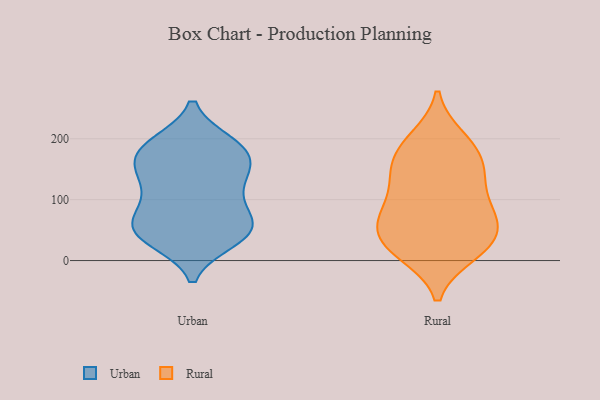
{"axis": {"x": "Churn Rate (%)", "y": "Value"}, "legend": ["Rural", "Urban"], "data": [{"x": "", "y": 53, "type": "Urban"}, {"x": "", "y": 67, "type": "Urban"}, {"x": "", "y": 51, "type": "Urban"}, {"x": "", "y": 96, "type": "Urban"}, {"x": "", "y": 192, "type": "Urban"}, {"x": "", "y": 144, "type": "Urban"}, {"x": "", "y": 188, "type": "Urban"}, {"x": "", "y": 78, "type": "Urban"}, {"x": "", "y": 34, "type": "Urban"}, {"x": "", "y": 38, "type": "Urban"}, {"x": "", "y": 52, "type": "Urban"}, {"x": "", "y": 112, "type": "Urban"}, {"x": "", "y": 175, "type": "Urban"}, {"x": "", "y": 192, "type": "Urban"}, {"x": "", "y": 162, "type": "Urban"}, {"x": "", "y": 137, "type": "Urban"}, {"x": "", "y": 40, "type": "Urban"}, {"x": "", "y": 137, "type": "Urban"}, {"x": "", "y": 175, "type": "Urban"}, {"x": "", "y": 149, "type": "Rural"}, {"x": "", "y": 41, "type": "Rural"}, {"x": "", "y": 76, "type": "Rural"}, {"x": "", "y": 76, "type": "Rural"}, {"x": "", "y": 90, "type": "Rural"}, {"x": "", "y": 27, "type": "Rural"}, {"x": "", "y": 130, "type": "Rural"}, {"x": "", "y": 12, "type": "Rural"}, {"x": "", "y": 55, "type": "Rural"}, {"x": "", "y": 72, "type": "Rural"}, {"x": "", "y": 14, "type": "Rural"}, {"x": "", "y": 192, "type": "Rural"}, {"x": "", "y": 25, "type": "Rural"}, {"x": "", "y": 183, "type": "Rural"}, {"x": "", "y": 153, "type": "Rural"}, {"x": "", "y": 139, "type": "Rural"}, {"x": "", "y": 200, "type": "Rural"}]}